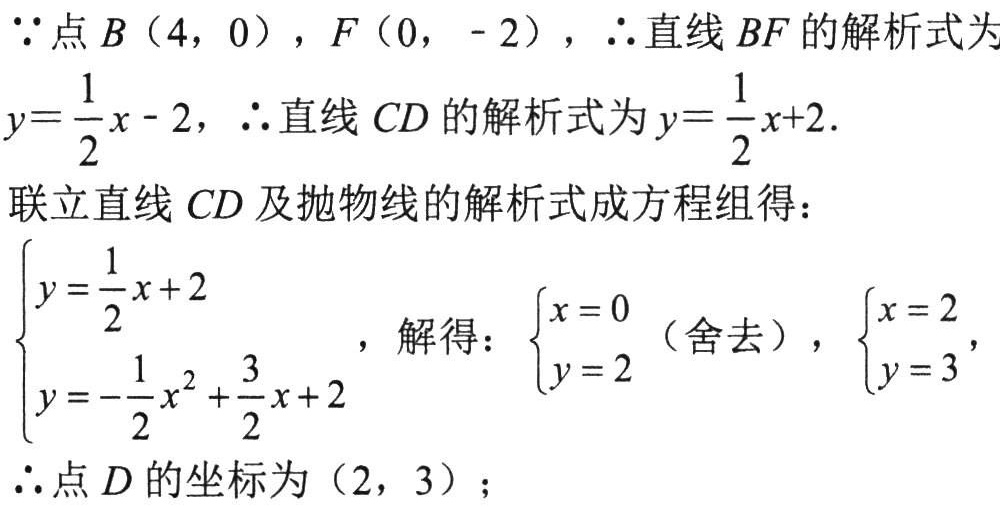
$\because$点$B(4,0)$，$F(0,-2)$，$\therefore$直线$BF$的解析式为
$y = \dfrac{1}{2}x - 2$，$\therefore$直线$CD$的解析式为$y = \dfrac{1}{2}x + 2$.
联立直线$CD$及抛物线的解析式成方程组得：
$\begin{cases}y = \dfrac{1}{2}x + 2\\y = -\dfrac{1}{2}x^{2}+\dfrac{3}{2}x + 2\end{cases}$，解得：$\begin{cases}x = 0\\y = 2\end{cases}$（舍去），$\begin{cases}x = 2\\y = 3\end{cases}$，
$\therefore$点$D$的坐标为$(2,3)$；